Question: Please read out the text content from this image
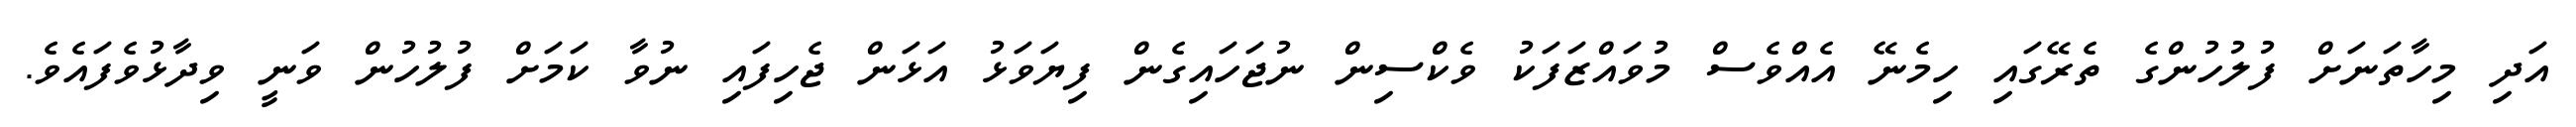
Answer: އަދި މިހާތަނަށް ފުލުހުންގެ ތެރޭގައި ހިމެނޭ އެއްވެސް މުވައްޒަފަކު ވެކްސިން ނުޖަހައިގެން ފިޔަވަޅު އަޅަން ޖެހިފައި ނުވާ ކަމަށް ފުލުހުން ވަނީ ވިދާޅުވެފައެވެ.